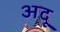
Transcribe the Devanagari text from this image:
अदू